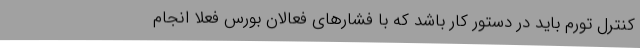
کنترل تورم باید در دستور کار باشد که با فشارهای فعالان بورس فعلا انجام